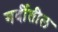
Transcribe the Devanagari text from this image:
गर्दीतील